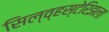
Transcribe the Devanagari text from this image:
सिल्व्हस्टेरिझला